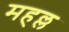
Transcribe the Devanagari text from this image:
महल्ल